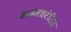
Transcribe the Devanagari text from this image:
हाईसतरेसिस